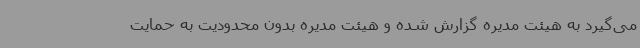
می‌گیرد به هیئت مدیره گزارش شده و هیئت مدیره بدون محدودیت به حمایت